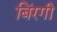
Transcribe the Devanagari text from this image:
बिंरगी